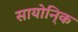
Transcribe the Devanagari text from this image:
सायोनि्क